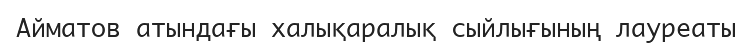
Айматов атындағы халықаралық сыйлығының лауреаты